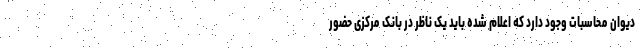
دیوان محاسبات وجود دارد که اعلام شده باید یک ناظر در بانک مرکزی حضور